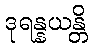
ဒုရန္နယန္တိ